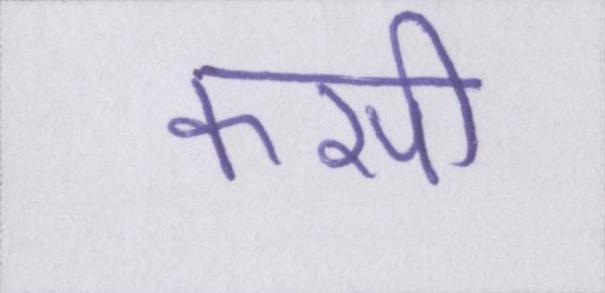
कसी